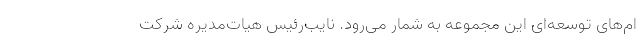
ام‌های توسعه‌ای این مجموعه به شمار می‌رود. نایب‌رئیس هیات‌مدیره شرکت